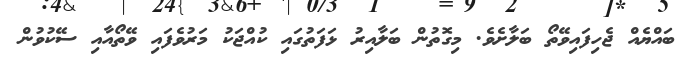
ބައްޔެއް ޖެހިފައިވޭތޯ ބަލާށެވެ. މިގޮތުން ބަލާއިރު ޅަފަތުގައި ކުއްޖަކު މަރުވެފައި ވޭތޯއާއި ސޭކުވުން